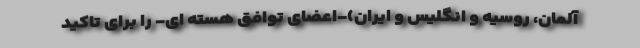
آلمان، روسیه و انگلیس و ایران)-اعضای ‌توافق هسته ای- را برای تاکید